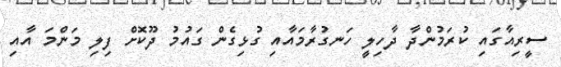
ސީރިއާގައި ކުރަމުންދާ ދާހިލީ ހަނގުރާމައާއި ގުޅިގެން ގައުމު ދޫކޮށް ފިލި މަންމަ އާއި